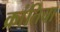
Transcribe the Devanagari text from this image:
क्रांतिचा